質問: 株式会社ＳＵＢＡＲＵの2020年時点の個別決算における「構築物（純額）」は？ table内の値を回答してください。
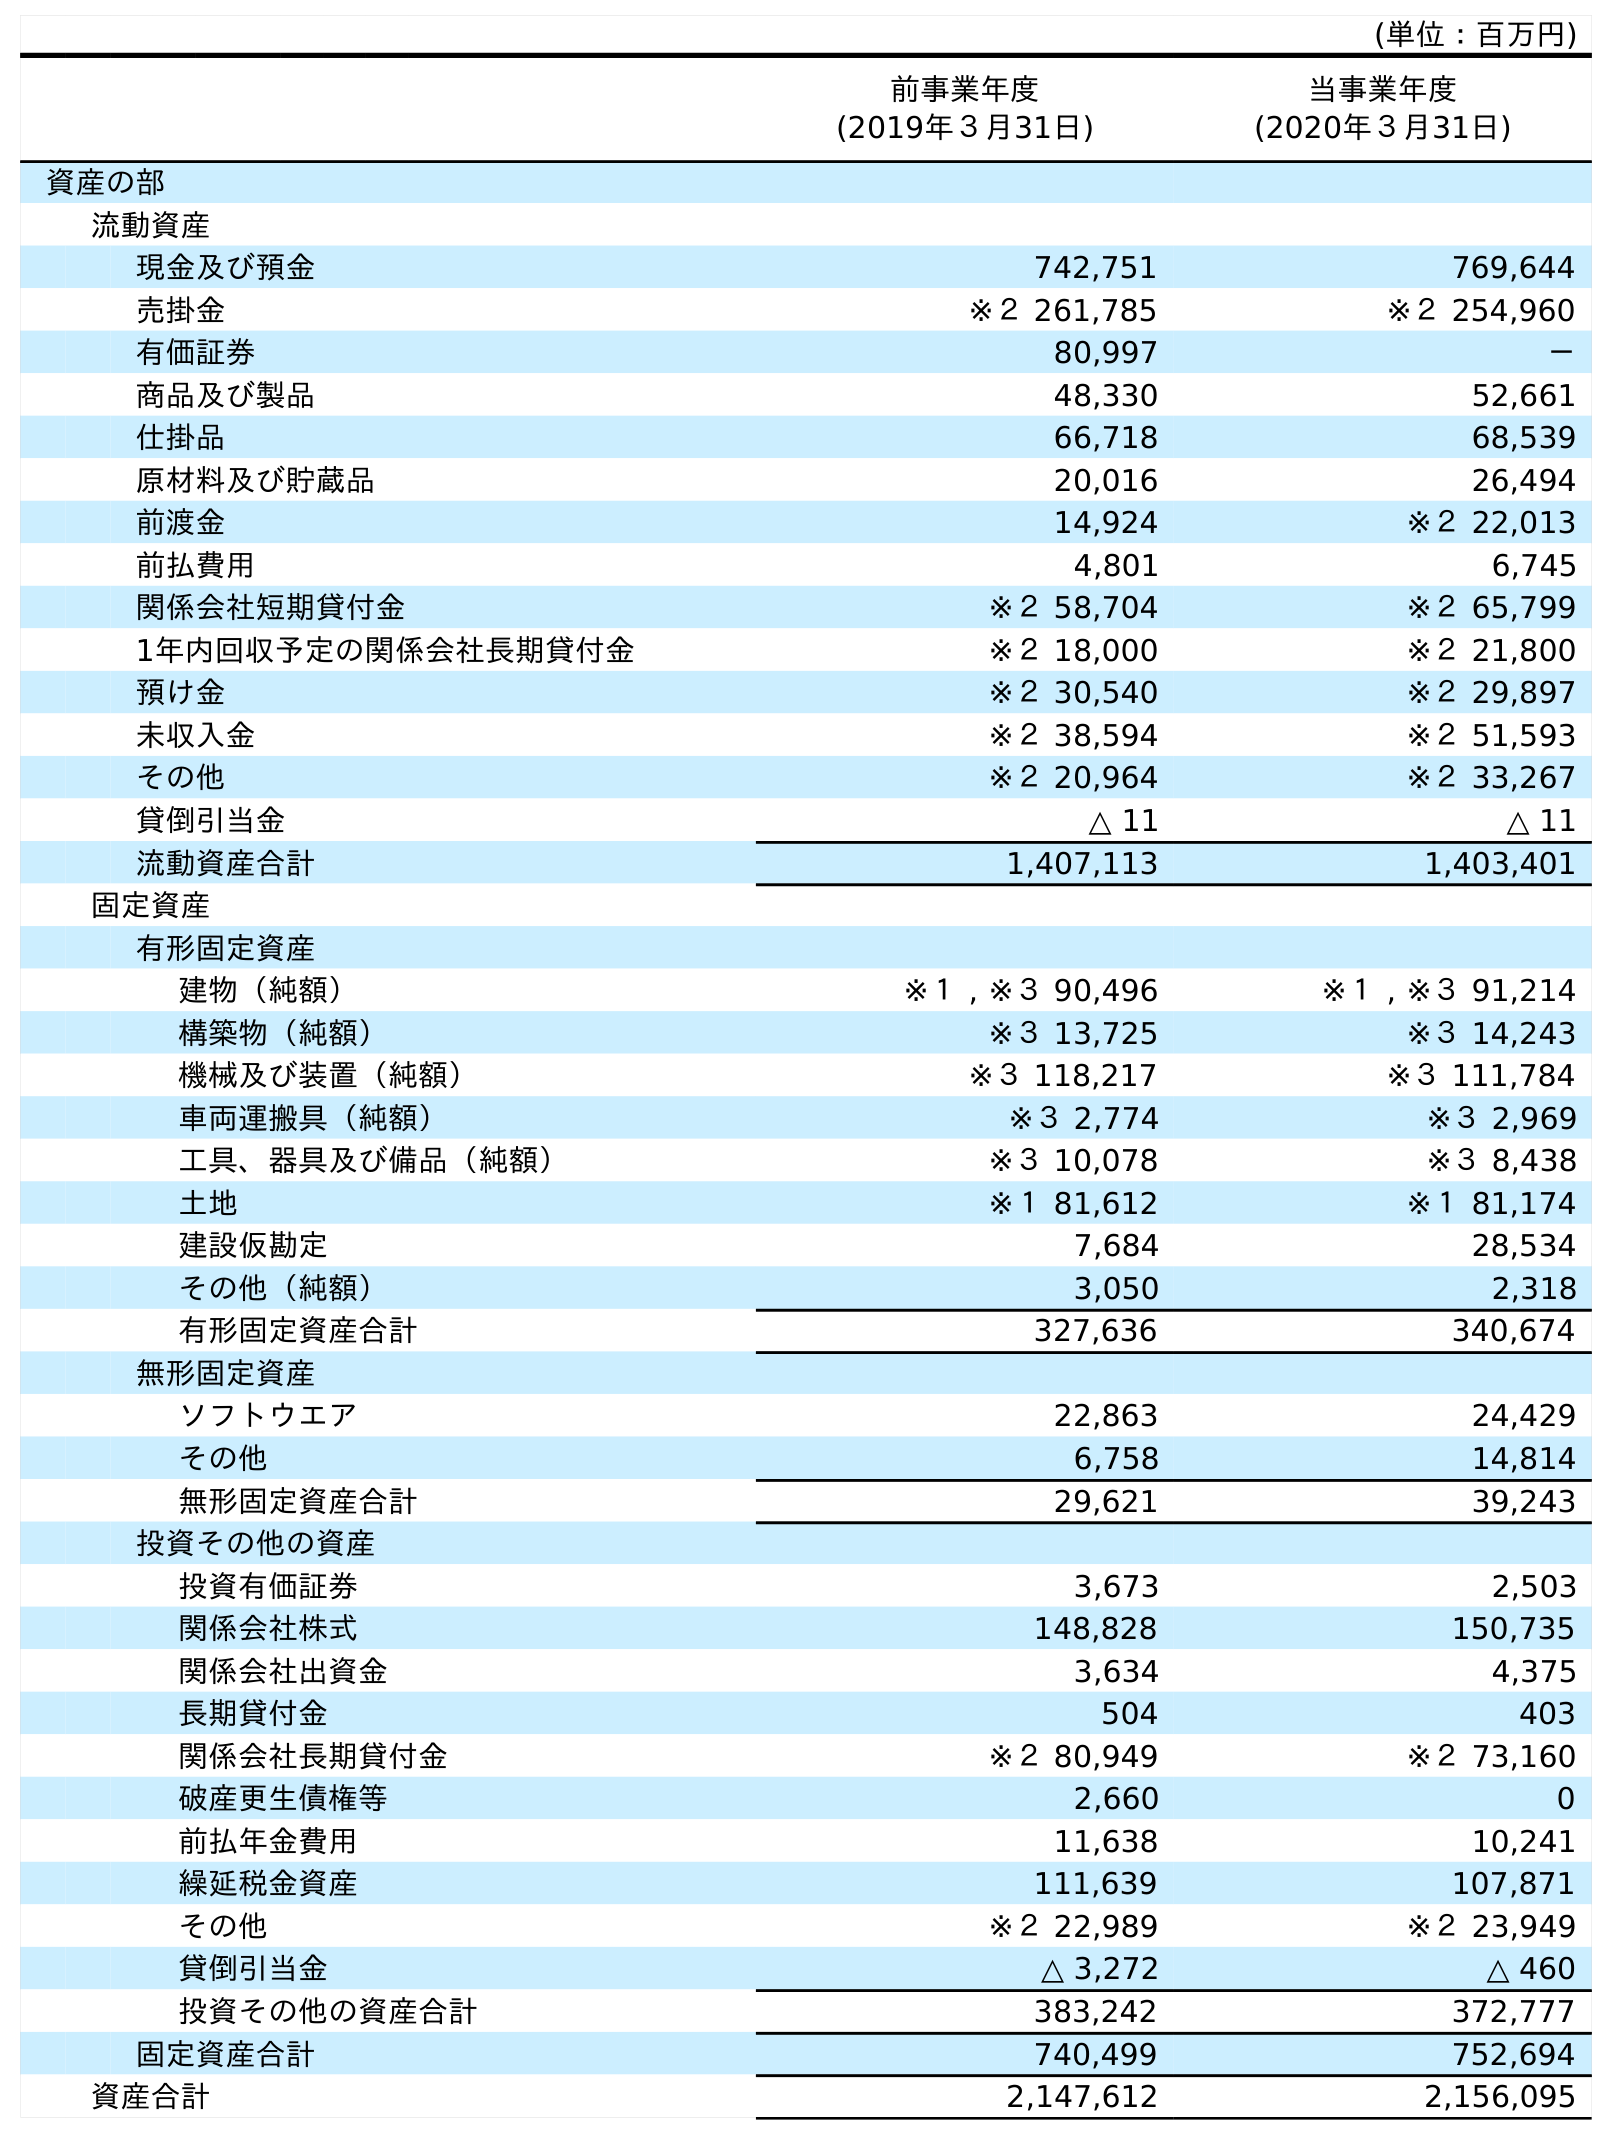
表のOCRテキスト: (単位：百万円) 前事業年度 (2019年３月31日) 当事業年度 (2020年３月31日) 資産の部 流動資産 現金及び預金 742,751 769,644 売掛金 ※２ 261,785 ※２ 254,960 有価証券 80,997 － 商品及び製品 48,330 52,661 仕掛品 66,718 68,539 原材料及び貯蔵品 20,016 26,494 前渡金 14,924 ※２ 22,013 前払費用 4,801 6,745 関係会社短期貸付金 ※２ 58,704 ※２ 65,799 1年内回収予定の関係会社長期貸付金 ※２ 18,000 ※２ 21,800 預け金 ※２ 30,540 ※２ 29,897 未収入金 ※２ 38,594 ※２ 51,593 その他 ※２ 20,964 ※２ 33,267 貸倒引当金 △ 11 △ 11 流動資産合計 1,407,113 1,403,401 固定資産 有形固定資産 建物（純額） ※１ , ※３ 90,496 ※１ , ※３ 91,214 構築物（純額） ※３ 13,725 ※３ 14,243 機械及び装置（純額） ※３ 118,217 ※３ 111,784 車両運搬具（純額） ※３ 2,774 ※３ 2,969 工具、器具及び備品（純額） ※３ 10,078 ※３ 8,438 土地 ※１ 81,612 ※１ 81,174 建設仮勘定 7,684 28,534 その他（純額） 3,050 2,318 有形固定資産合計 327,636 340,674 無形固定資産 ソフトウエア 22,863 24,429 その他 6,758 14,814 無形固定資産合計 29,621 39,243 投資その他の資産 投資有価証券 3,673 2,503 関係会社株式 148,828 150,735 関係会社出資金 3,634 4,375 長期貸付金 504 403 関係会社長期貸付金 ※２ 80,949 ※２ 73,160 破産更生債権等 2,660 0 前払年金費用 11,638 10,241 繰延税金資産 111,639 107,871 その他 ※２ 22,989 ※２ 23,949 貸倒引当金 △ 3,272 △ 460 投資その他の資産合計 383,242 372,777 固定資産合計 740,499 752,694 資産合計 2,147,612 2,156,095
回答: ※３14,243